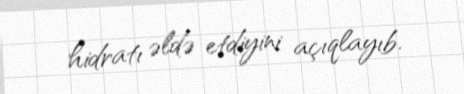
hidratı əldə etdiyini açıqlayıb.